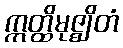
ဣတ္ထိမုဇ္ဈိတံ